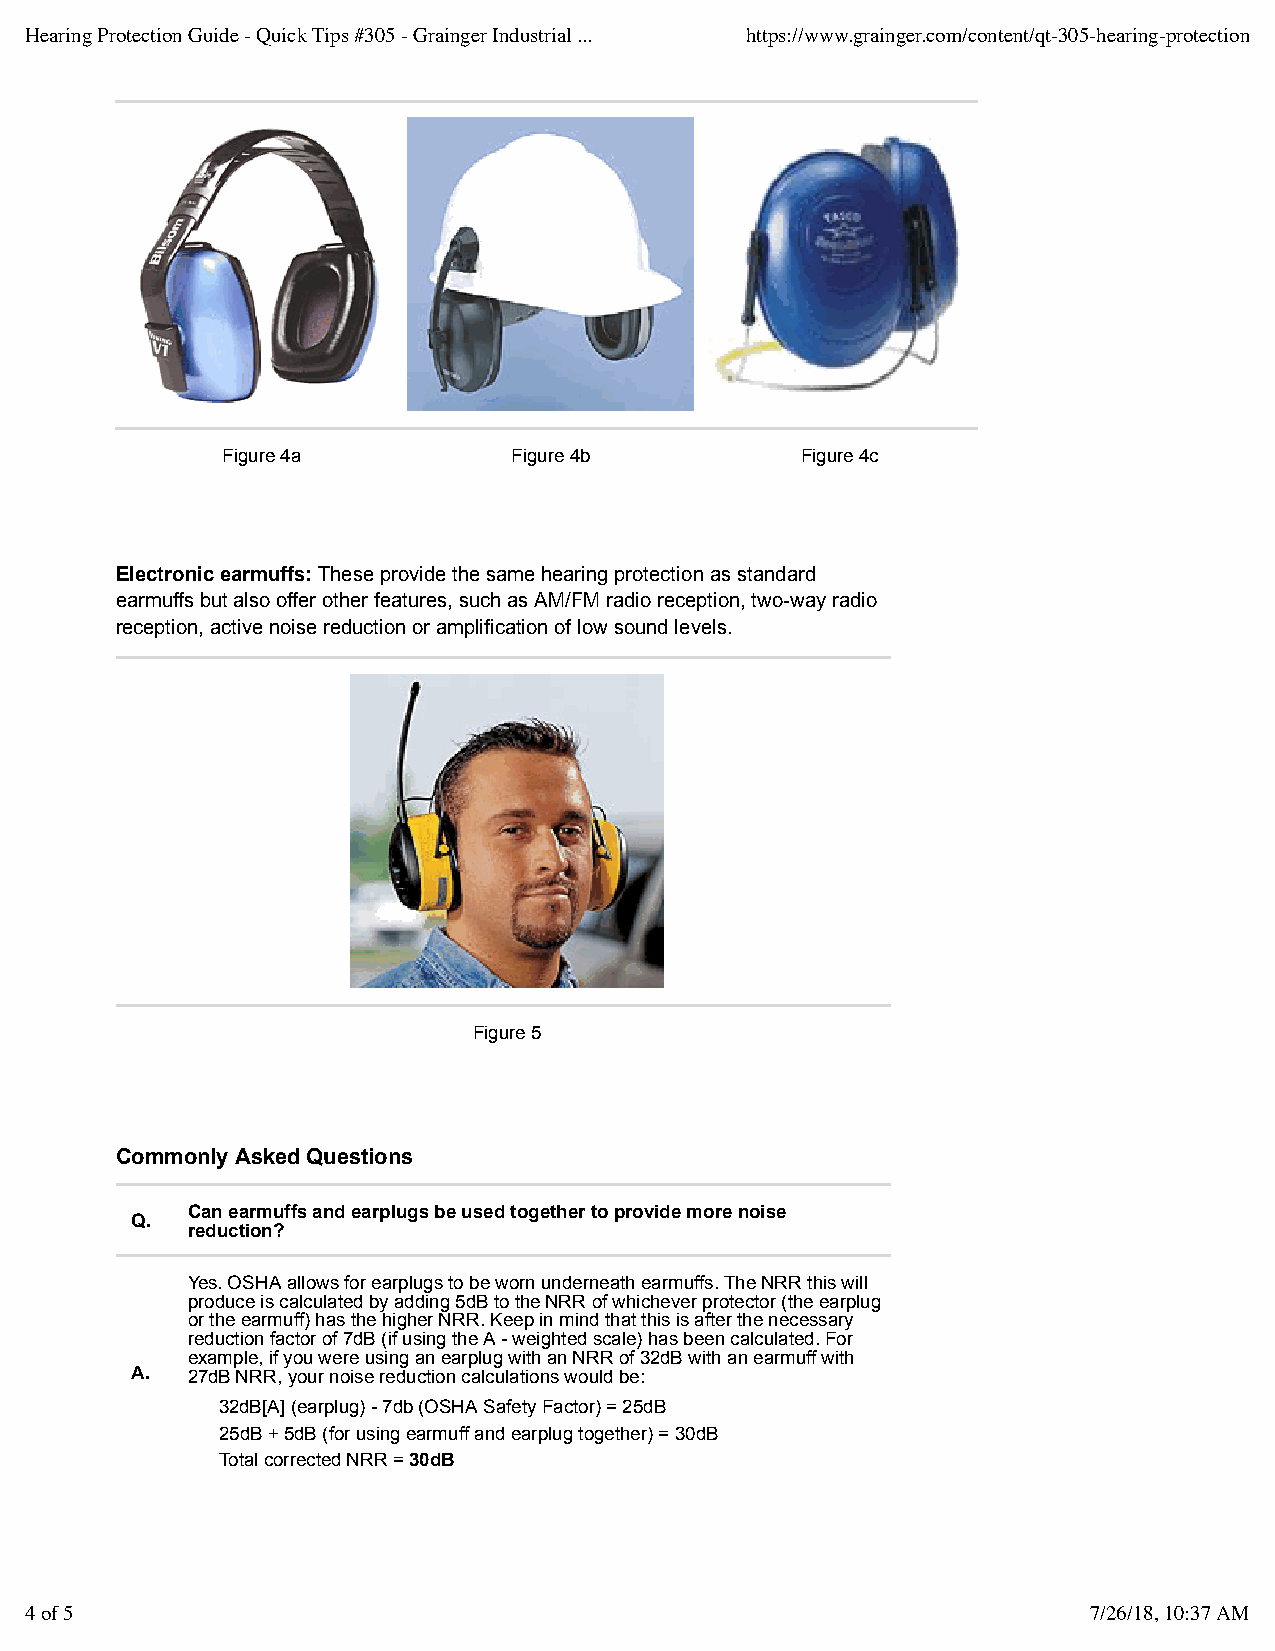
Hearing Protection Guide - Quick Tips #305 - Grainger Industrial ... https://www.grainger.com/content/qt-305-hearing-protection
 Figure 4a          Figure 4b          Figure 4c
 Electronic earmuffs: These provide the same hearing protection as standard
 earmuffs but also offer other features, such as AM/FM radio reception, two-way radio
 reception, active noise reduction or amplification of low sound levels.
 Figure 5
 Commonly Asked Questions
 Can earmuffs and earplugs be used together to provide more noise
 Q.
 reduction?
 Yes. OSHA allows for earplugs to be worn underneath earmuffs. The NRR this will
 produce is calculated by adding 5dB to the NRR of whichever protector (the earplug
 or the earmuff) has the higher NRR. Keep in mind that this is after the necessary
 reduction factor of 7dB (if using the A - weighted scale) has been calculated. For
 example, if you were using an earplug with an NRR of 32dB with an earmuff with
 A. 27dB NRR, your noise reduction calculations would be:
 32dB[A] (earplug) - 7db (OSHA Safety Factor) = 25dB
 25dB + 5dB (for using earmuff and earplug together) = 30dB
 Total corrected NRR = 30dB
 4 of 5                                                                7/26/18, 10:37 AM